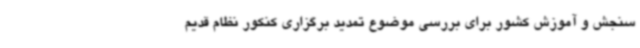
سنجش و آموزش کشور برای بررسی موضوع تمدید برگزاری کنکور نظام قدیم